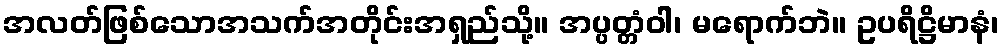
အလတ်ဖြစ်သောအသက်အတိုင်းအရှည်သို့။ အပ္ပတ္တံဝါ၊ မရောက်ဘဲ။ ဥပရိဋ္ဌိမာနံ၊